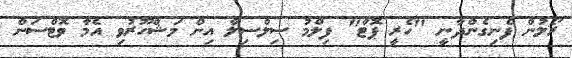
ރޯލުން ފެނިގެންދާނީ "ހެރީ ޕޮޓާ" ފިލްމު ސިލްސިލާ އިން މަޝްހޫރުވި އެމާ ވޮޓްސަން